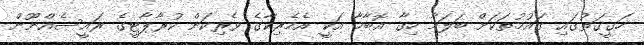
ހަގީގަތުގައި ގައުމުތަކަށް ބަލަމާ ހިގާ އޮބާމާ އަކީ އެމެރިކާގެ ވެރިކަން ކުރާޕާޓީގެ ރައީސެއްނޫން